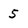
Character: 5